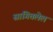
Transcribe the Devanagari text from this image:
सांगितलेलं